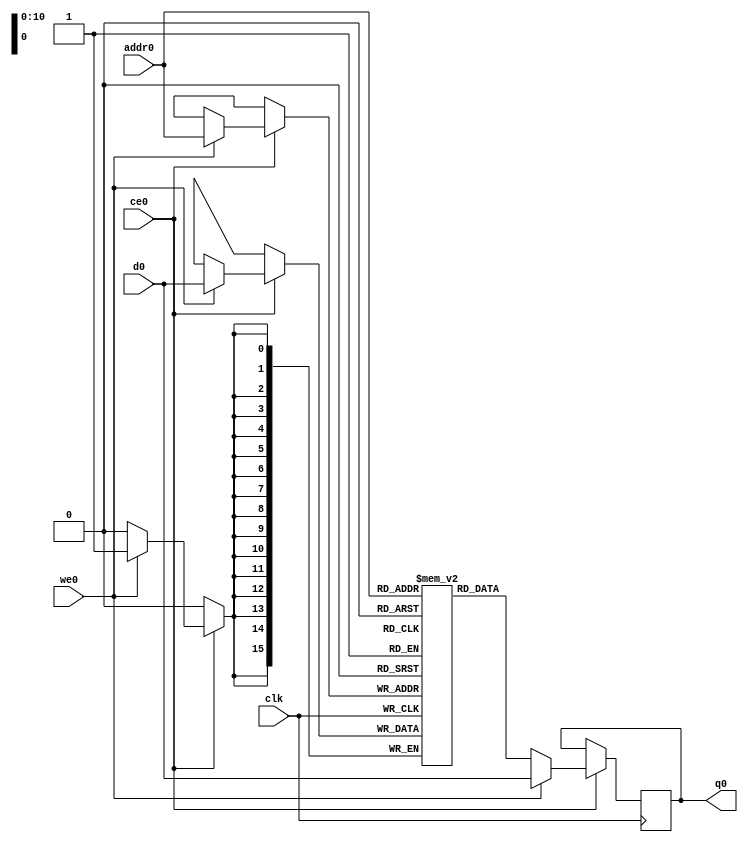
// ==============================================================
// File generated by Vivado(TM) HLS - High-Level Synthesis from C, C++ and SystemC
// Version: 2017.4
// Copyright (C) 1986-2017 Xilinx, Inc. All Rights Reserved.
// 
// ==============================================================

`timescale 1 ns / 1 ps
module line_buffer_5_bufbkb_ram (addr0, ce0, d0, we0, q0,  clk);

parameter DWIDTH = 16;
parameter AWIDTH = 11;
parameter MEM_SIZE = 1040;

input[AWIDTH-1:0] addr0;
input ce0;
input[DWIDTH-1:0] d0;
input we0;
output reg[DWIDTH-1:0] q0;
input clk;

(* ram_style = "block" *)reg [DWIDTH-1:0] ram[0:MEM_SIZE-1];




always @(posedge clk)  
begin 
    if (ce0) 
    begin
        if (we0) 
        begin 
            ram[addr0] <= d0; 
            q0 <= d0;
        end 
        else 
            q0 <= ram[addr0];
    end
end


endmodule


`timescale 1 ns / 1 ps
module line_buffer_5_bufbkb(
    reset,
    clk,
    address0,
    ce0,
    we0,
    d0,
    q0);

parameter DataWidth = 32'd16;
parameter AddressRange = 32'd1040;
parameter AddressWidth = 32'd11;
input reset;
input clk;
input[AddressWidth - 1:0] address0;
input ce0;
input we0;
input[DataWidth - 1:0] d0;
output[DataWidth - 1:0] q0;



line_buffer_5_bufbkb_ram line_buffer_5_bufbkb_ram_U(
    .clk( clk ),
    .addr0( address0 ),
    .ce0( ce0 ),
    .d0( d0 ),
    .we0( we0 ),
    .q0( q0 ));

endmodule